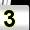
Digit: 3